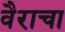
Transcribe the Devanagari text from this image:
वैराचा